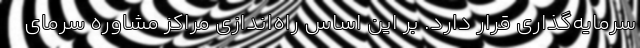
سرمایه‌گذاری قرار دارد. بر این اساس راه‌اندازی مراکز مشاوره سرمای